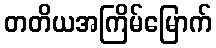
တတိယအကြိမ်မြောက်